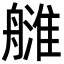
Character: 𦪉